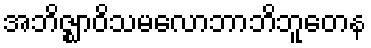
အဘိဇ္ဈာဝိသမလောဘာဘိဘူတေန